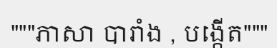
"""ភាសា បារាំង , បង្កើត"""